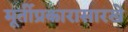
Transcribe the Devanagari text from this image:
मूर्तीप्रकारासारखे